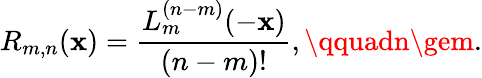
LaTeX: R_{m,n}(\mathbf{x})=\frac{{L_{m}^{(n-m)}(-\mathbf{x})}}{{(n-m)!}},\qquadn\gem.